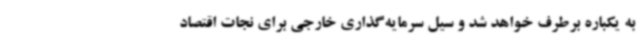
به یکباره برطرف خواهد شد و سیل سرمایه‌گذاری خارجی برای نجات اقتصاد